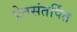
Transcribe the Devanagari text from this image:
प्रेतसंतर्पित